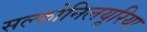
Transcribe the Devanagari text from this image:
सल्फोनिलयूरिया